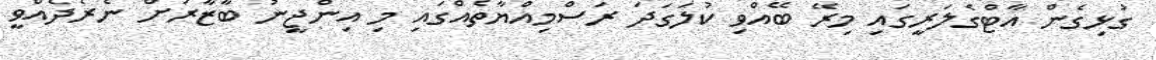
ގުޅިގެން އާޓްގެލަރީގައި މިރޭ ބޭއްވި ކުލަގަދަ ރަސްމިއްޔާތެެއްގައި މި އިންޖީނު ބާޒާރަށް ނެރެދެއްވީ